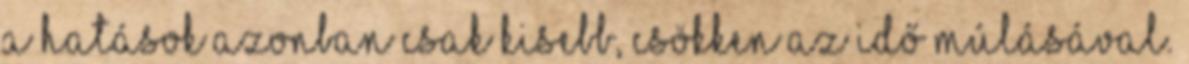
a hatások azonban csak kisebb, csökken az idő múlásával.